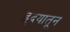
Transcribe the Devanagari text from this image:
हृदयातून